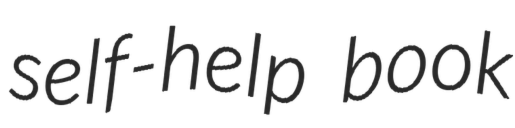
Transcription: self-help book